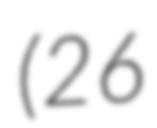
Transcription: (26